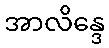
အာလိန္ဒေ